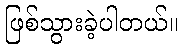
ဖြစ်သွားခဲ့ပါတယ်။